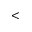
<